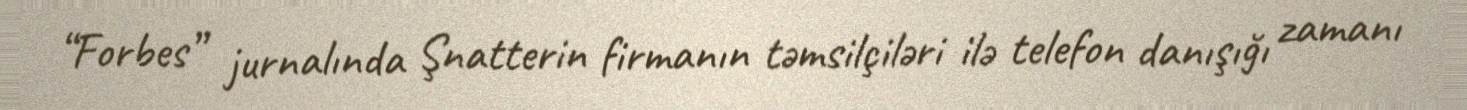
“Forbes” jurnalında Şnatterin firmanın təmsilçiləri ilə telefon danışığı zamanı